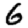
Digit: 6